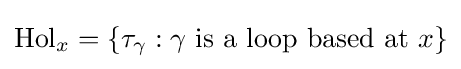
\mathrm {Hol} _{x}=\{\tau _{\gamma }:\gamma {\text{ is a loop based at }}x\}